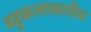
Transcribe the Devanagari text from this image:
बहुकलाकारीय